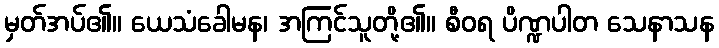
မှတ်အပ်၏။ ယေသံခေါမန၊ အကြင်သူတို့၏။ စီဝရ ပိဏ္ဍပါတ သေနာသန